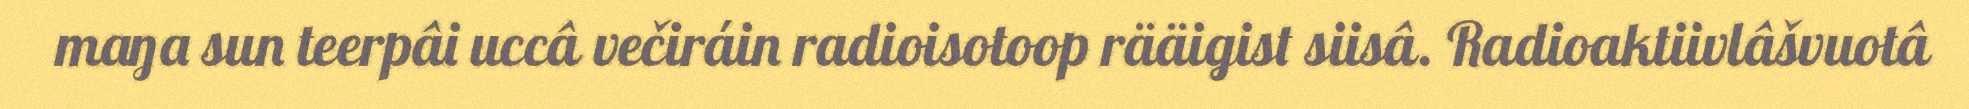
maŋa sun teerpâi uccâ večiráin radioisotoop rääigist siisâ. Radioaktiivlâšvuotâ